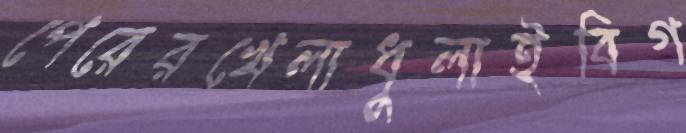
পেরেরখেলাধুলাইবিগ